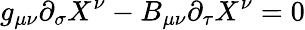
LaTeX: g_{\mu\nu}\partial_{\sigma}X^{\nu}-B_{\mu\nu}\partial_{\tau}X^{\nu}=0